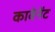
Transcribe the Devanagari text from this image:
कावेनेंट